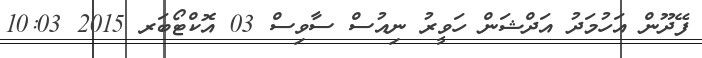
ފޭދޫން އަހުމަދު އަދްޝަން ހަވީރު ނިއުސް ސާވިސް 03 އޮކްޓޯބަރ 2015 10:03